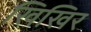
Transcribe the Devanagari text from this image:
खिखिर